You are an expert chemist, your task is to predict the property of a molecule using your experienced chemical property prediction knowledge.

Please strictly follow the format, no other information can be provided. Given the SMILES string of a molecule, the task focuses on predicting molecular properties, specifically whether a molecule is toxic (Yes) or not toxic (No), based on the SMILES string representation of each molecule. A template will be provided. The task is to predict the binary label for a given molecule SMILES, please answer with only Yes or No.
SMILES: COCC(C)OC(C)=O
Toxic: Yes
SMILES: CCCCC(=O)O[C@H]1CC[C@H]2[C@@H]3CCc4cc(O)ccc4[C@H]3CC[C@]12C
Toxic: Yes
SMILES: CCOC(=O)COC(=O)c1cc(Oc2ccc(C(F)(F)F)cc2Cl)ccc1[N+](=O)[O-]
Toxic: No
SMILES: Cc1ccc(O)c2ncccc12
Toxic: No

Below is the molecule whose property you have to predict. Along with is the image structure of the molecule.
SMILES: CC1=NN(c2ccccc2)C(=O)C1
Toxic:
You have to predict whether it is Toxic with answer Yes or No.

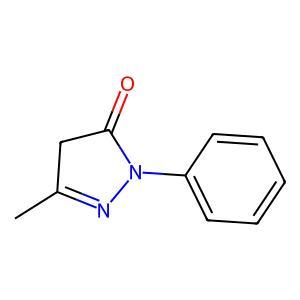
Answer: No